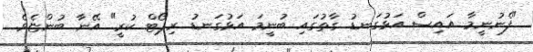
"ފެނުނީމާ އައިސް އަޅުގަނޑު ގާތުގައި ބުނީމަ އަޅުގަނޑު ރިޕޯޓް ކުރީ" އޭނާ ބުންޏެވެ.